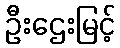
ဦးဌေးမြင့်